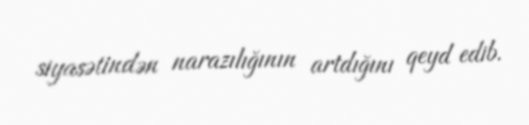
siyasətindən narazılığının artdığını qeyd edib.